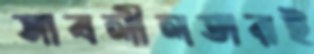
সাবলীলতারই